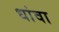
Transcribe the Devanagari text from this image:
धांवा